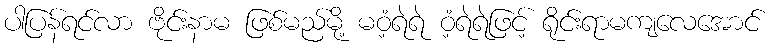
ပါပြန်ရင်လာ ဗိုင်းနာမ ဖြစ်မည်မို့ မဝံ့ရဲရဲ ဝံ့ရဲရဲဖြင့် ရိုင်းရာမကျလေအောင်